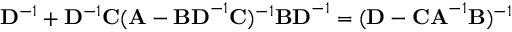
\mathbf { D } ^ { - 1 } + \mathbf { D } ^ { - 1 } \mathbf { C } ( \mathbf { A } - \mathbf { B D } ^ { - 1 } \mathbf { C } ) ^ { - 1 } \mathbf { B D } ^ { - 1 } = ( \mathbf { D } - \mathbf { C A } ^ { - 1 } \mathbf { B } ) ^ { - 1 }